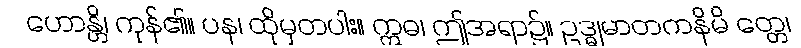
ဟောန္တိ၊ ကုန်၏။ ပန၊ ထိုမှတပါး။ ဣဓ၊ ဤအရာ၌။ ဥဒ္ဓုမာတကနိမိ တ္တေ၊